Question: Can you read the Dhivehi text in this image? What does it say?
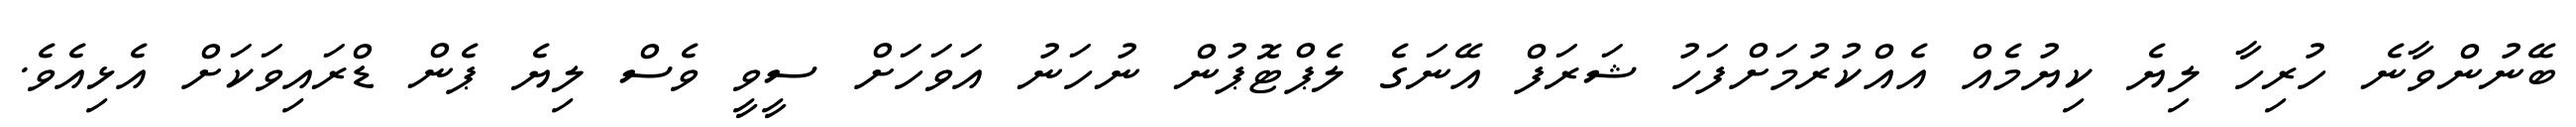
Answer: ބޭނުންވާނެ ހުރިހާ ލިޔެ ކިޔުމެއް އެއްކުރުމަށްފަހު ޝަރަފް އޭނަގެ ލެޕްޓޮޕުން ނުހަނު އަވަހަށް ސީވީ ވެސް ލިޔެ ޕެން ޑްރައިވަކަށް އެޅިއެވެ.